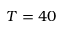
T = 4 0